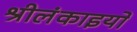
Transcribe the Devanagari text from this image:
श्रीलंकाइयों